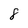
Character: 8